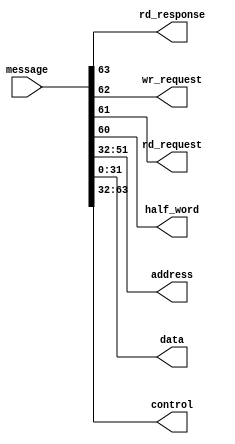
//
// Copyright 2013 Ettus Research LLC
// Copyright 2018 Ettus Research, a National Instruments Company
//
// SPDX-License-Identifier: LGPL-3.0-or-later
//


//Message format:
//  msg[63]:    Completion {1 -> Read Completion, 0 -> Transaction Request}
//  msg[62]:    Write request*
//  msg[61]:    Read request*
//  msg[60]:    Half word {1 -> 16-bit transaction, 0 -> 32-bit transaction}*
//  msg[59:52]: Reserved
//  msg[51:32]: Address*
//  msg[31:0]:  Data
//
//  * Field only valid when the word is a transaction request.

module ioport2_msg_decode(
    input  [63:0]   message,
    output          rd_response,
    output          wr_request,
    output          rd_request,
    output          half_word,
    output [19:0]   address,
    output [31:0]   data,
    output [31:0]   control    
);
    assign rd_response  = message[63];
    assign wr_request   = message[62];
    assign rd_request   = message[61];
    assign half_word    = message[60];
    assign address      = message[51:32];
    assign data         = message[31:0];
    assign control      = message[63:32];
endmodule


module ioport2_msg_encode(
    input          rd_response,
    input          wr_request,
    input          rd_request,
    input          half_word,
    input  [19:0]  address,
    input  [31:0]  data,
    output [31:0]  control,
    output [63:0]  message
);
    assign control = rd_response ? {rd_response, 31'h0} : {rd_response, wr_request, rd_request, half_word, 8'h00, address};
    assign message = {control, data};
endmodule